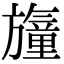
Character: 𣄢